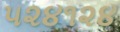
૫૨૪૧૨૪